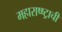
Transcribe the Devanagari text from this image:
महाराष्ष्ट्राची